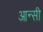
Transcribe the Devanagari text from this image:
आन्सी